Statistics compiled by the Government of India from the reports of provincial Civil Veterinary Departments
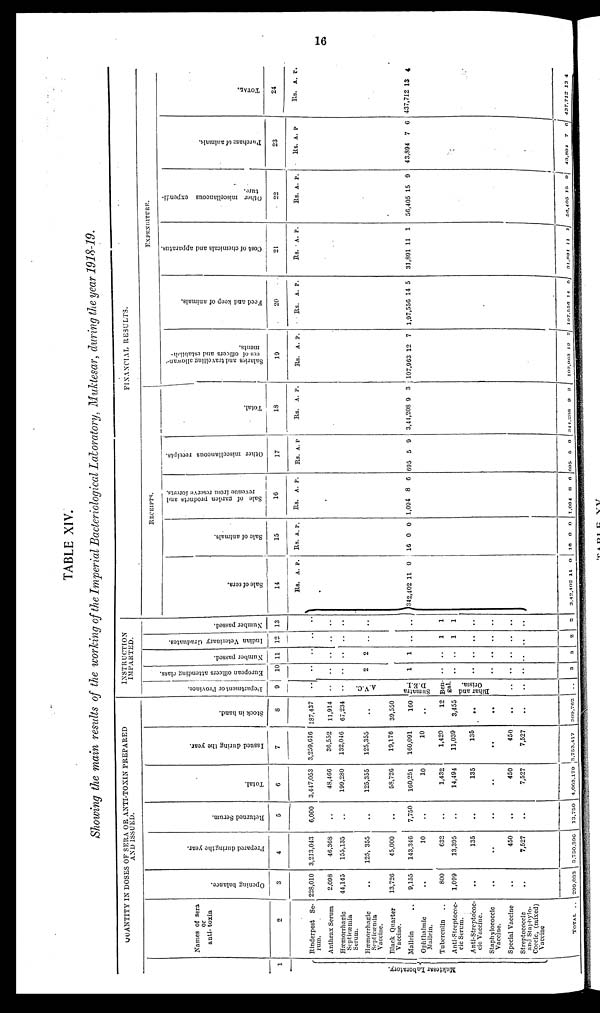
16
TABLE XIV.
Showing the main results of the working of the Imperial Bacteriological Laboratory, Muktesar, during the year 1918-19.
QUANTITY IN DOSES OF SERA OF ANTI-TOXIN PREPARED
AND ISSUED.
1
Mukte s a r Laboratory.
Names of sera
or
anti- toxin
2
Rinderpest Se-
rum.
Anthrax Serum
Hæmorrhagic
Septicæmia
Serum.
Hæmorrhagic
Septicæmia
Vaccine.
Black Quarter
Vaccine.
Mallein ..
Ophthalmic
Mallein.
Tuberculin ..
Anti-Streptococ-
cic Serum.
Anti-streptococ-
cic Vaccine.
Staphylococclc
Vaccine.
Special Vaccine
Streptococcic
and Staphylo-
Coccic, (mixed)
Vaccine
TOTAL.
..
Openi ng balance.
3
228,010
2,098
44,145
..
13,726
9,155
..
800
1,099
..
..
..
..
299,033
Prepared dur i
ng the year.
4
3,213,043
46,368
155,135
125, 355
45,000
143,346
10
632
13,395
135
..
450
7,527
3,750,396
Returned Ser um.
5
6,000
..
..
..
..
7,750
..
..
..
..
..
..
..
13,750
Total.
6
3,447,053
48,466
199,280
125,355
58,726
160,251
10
1,432
14,494
135
450
7,527
4,063,179
Issued during the year.
7
3,259,616
36,552
132,046
125,355
19,176
160,091
10
1,420
11,039
135
..
450
7,527
3,753,417
St ock in hand.
8
187,437
11,914
67,234
..
39,550
160
..
12
3,455
..
..
..
..
309,762
INSTRUCTION
IMPARTED.
De pa r
tme nt or Province.
9
..
..
..
..
AVC.
Sumatra
D.E.I.
Ben-
gal.
Bhar and
Orissa.
..
..
..
Eur ope a n officers attending class.
10
..
..
..
2
1
..
..
..
..
..
..
3
Number passed.
11
..
..
..
2
1
..
..
..
..
..
..
3
Indian Veterinary Graduates.
12
..
..
..
..
..
1
1
..
..
..
..
2
Number passed.
13
..
..
..
..
..
1
1
..
..
..
..
2
FINANCIAL RESULTS.
RECEIPTS.
Sale of sera,
14
Rs.
342,402
3,42,402
A.
11
11
P.
0
0
Sale of animals.
15
Rs.
16
16
A.
0
0
P.
0
0
Sal e of garden product s and
revenue f
r
om reserve f or est s.
16
Rs.
1,094
1,094
A.
8
8
P.
6
0
Ot her miscellancous receipts.
17
Rs.
695
695
A.
5
5
P.
9
9
Tot al .
18
Rs.
3,44,208
344,208
A.
9
0
P.
3
3
EXPENDITURE.
Sal ar i
es and travelling allowan-
ces of officers and establish-
-ents.
19
Rs.
107,963
107,963
A.
12
12
P.
7
7
Feed and keep of animals.
20
Rs.
1,97,556
197,556
A.
14
14
P.
5
5
Cost of chemicals and apparatus.
21
Rs.
31,891
31,891
A.
11
11
P.
1
1
Ot her miscellaneous expendi-
t ure.
22
Rs.
56,405
56,405
A.
15
15
P.
9
9
Pur chas e of animals.
23
Rs.
43,894
43,804
A.
7
7
P.
6
6
TOTAL..
24
Rs.
437,712
437,712
A.
13
13
P.
4
4